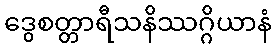
ဒွေစတ္တာရီသနိဿဂ္ဂိယာနံ